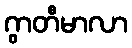
ဂွာတီမာလာ